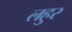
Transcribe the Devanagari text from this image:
लहुर